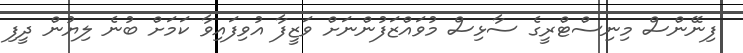
ފިނޭންސް މިނިސްޓްރީގެ ސާޅިސް މުވައްޒަފުންނަށް ވަޒީފާ އުވިފައިވާ ކަމަށް ބުނެ ލިޔުން ދީފި